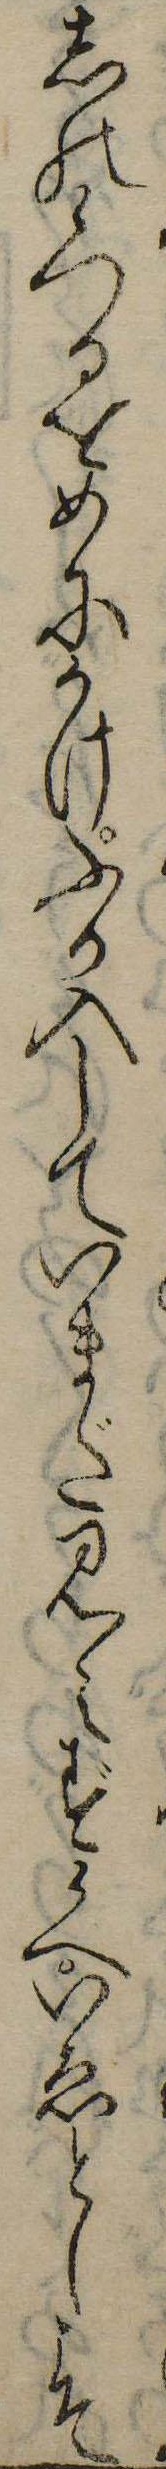
しの候つるをめにかけふか入していまだ見えず候へいゑとしこそ